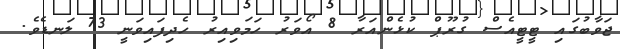
ޖަވާބުގައި ޓީޓީއެސް ގުރޫޕް ކުޅެންއަރާ 8 އޯވަރު ހަމަވިއިރު ހެދިފައިވަނީ 73 ލަނޑެވެ.